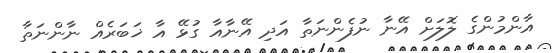
އާންމުންގެ ލޮލަށް އޭނާ ނުފެންނަތާ އަދި އޭނާއާ ގުޅޭ އާ ޚަބަރެއް ނާންނަތާ